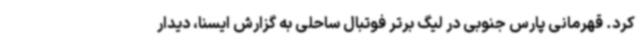
کرد. قهرمانی پارس جنوبی در لیگ برتر فوتبال ساحلی به گزارش ایسنا، دیدار